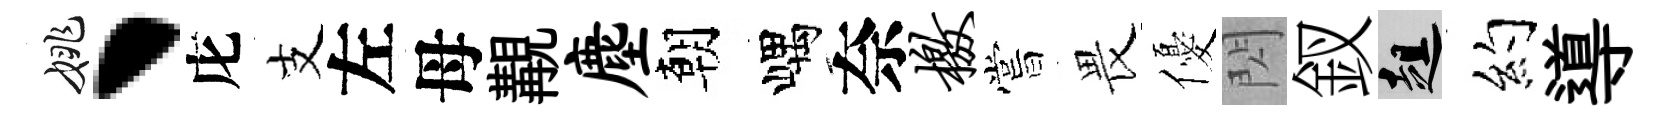
姚、庀支左母覯麈朝嵎奈檄嘗畏優閃釵趄约導